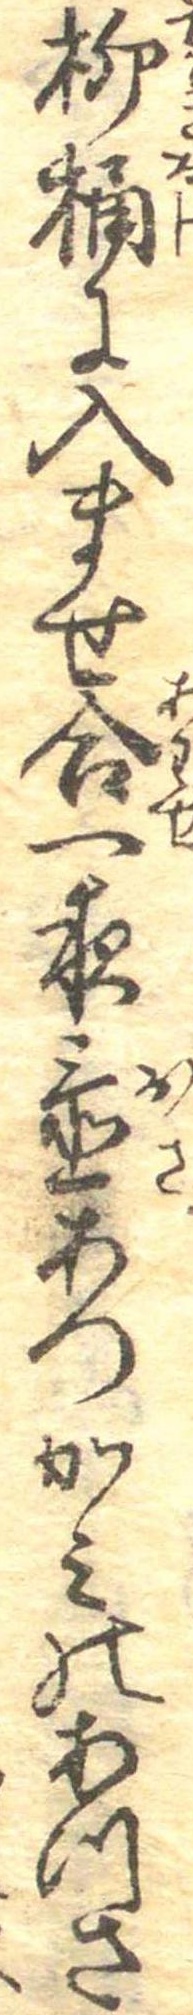
柳桶に入ませ合一夜置あつかみのあつさ